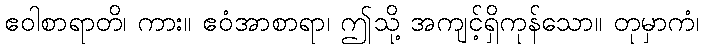
ဧဝါစာရာတိ၊ ကား။ ဧဝံအာစာရာ၊ ဤသို့ အကျင့်ရှိကုန်သော။ တုမှာကံ၊